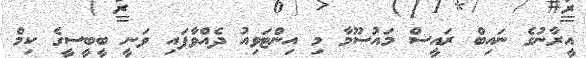
އީރާނުގެ ނައިބް ރައީސް މައުސޫމާ މި އިންޓަވިއު ދެއްވާފައި ވަނީ ބީބީސީގެ ކިމް